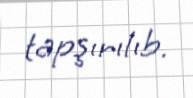
tapşırılıb.